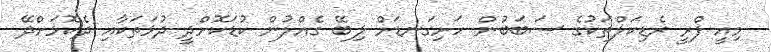
މިއީ ފްރީ ރެޑިކަލްތަކުގެ ސަބަބުން ހަށިގަނޑަށް ލިބޭ ގެއްލުން ކުޑަކޮށްދީ ދުޅަތަކާއި ދެކޮޅަށްދޭ